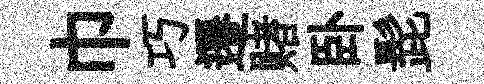
巾巧遷赌卧髭